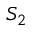
S _ { 2 }